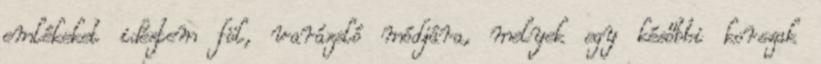
emlékeket idéztem föl, varázsló módjára, melyek egy későbbi korszak